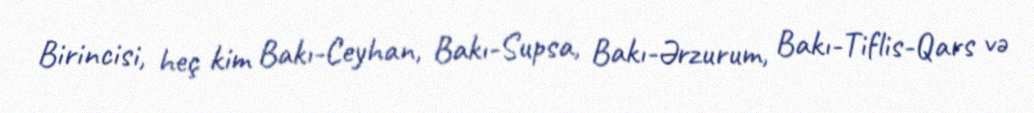
Birincisi, heç kim Bakı-Ceyhan, Bakı-Supsa, Bakı-Ərzurum, Bakı-Tiflis-Qars və